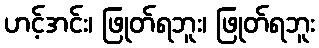
ဟင့်အင်း၊ ဖြုတ်ရဘူး၊ ဖြုတ်ရဘူး